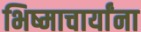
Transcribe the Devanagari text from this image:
भिष्माचार्यांना